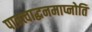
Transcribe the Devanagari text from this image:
पात्रत्वाद्धनमाप्नोति